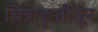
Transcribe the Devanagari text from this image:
चित्राकृतीतून